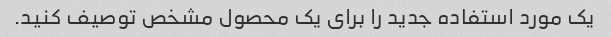
یک مورد استفاده جدید را برای یک محصول مشخص توصیف کنید.